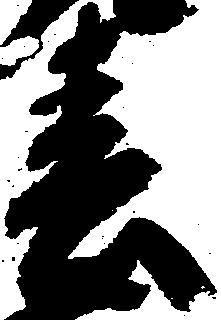
春